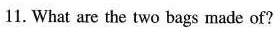
11. What are the two bags made of?